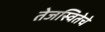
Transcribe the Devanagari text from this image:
तेजस्वितेचे